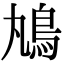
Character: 𩾞